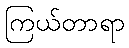
ကြယ်တာရာ